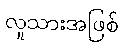
လူသားအဖြစ်